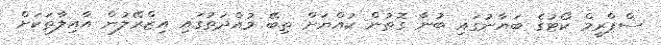
ސްޕްރީމް ކޯޓުގެ ބަޔާނުގައި ބުނާ ގޮތުން ކުއްޔަށް ތިބޭ މުއްދަތުގައި އިޒްރޭލުން އާއިލާތަކަށް